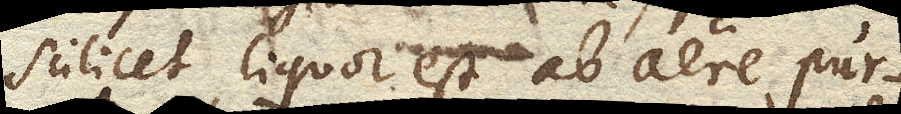
scilicet liquor est ab aere pur–